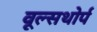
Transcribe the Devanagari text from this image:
वूल्सथोर्प